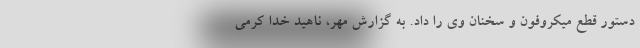
دستور قطع میکروفون و سخنان وی را داد. به گزارش مهر، ناهید خدا کرمی